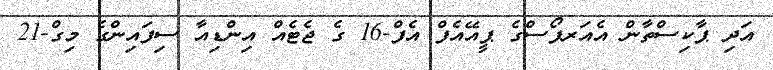
އަދި ޕާކިސްތާން އެއަރފޯސްގެ ޕީއޭއެފް އެފް-16 ގެ ޖެޓެއް އިންޑިއާ ސިފައިންގެ މިގް-21